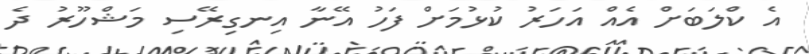
އެ ކްލަބަށް އެއް އަހަރު ކުޅުމަށް ފަހު އޭނާ އިނގިރޭސި މަޝްހޫރު ދެ